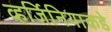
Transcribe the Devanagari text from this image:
व्हर्जिनियाकडे